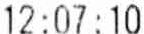
12:07:10